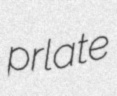
prlate